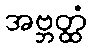
အဗ္ဘတ္ထံ